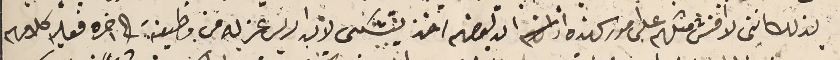
لذلك اننى لا افنش مثلهم على امور كهذه ان لبعضهم اخذ يتشكى لان الريس عزله من وظيفة الى اخره فعليه كلامهم